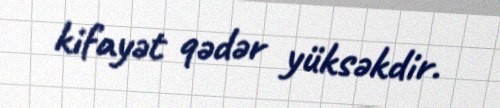
kifayət qədər yüksəkdir.